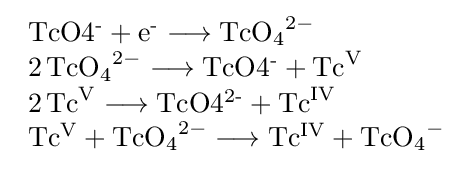
{\begin{array}{l}{{\mathrm {TcO4^{\text{-}}} }{}+{}{\mathrm {e^{\text{-}}} }{}\mathrel {\longrightarrow } {}\mathrm {TcO} {\vphantom {A}}_{\smash[{t}]{4}}{\vphantom {A}}^{2-}}\\{2\,\mathrm {TcO} {\vphantom {A}}_{\smash[{t}]{4}}{\vphantom {A}}^{2-}{}\mathrel {\longrightarrow } {}{\mathrm {TcO4^{\text{-}}} }{}+{}\mathrm {Tc} {\vphantom {A}}^{\mathrm {V} }}\\{2\,\mathrm {Tc} {\vphantom {A}}^{\mathrm {V} }{}\mathrel {\longrightarrow } {}{\mathrm {TcO4^{2{\text{-}}}} }{}+{}\mathrm {Tc} {\vphantom {A}}^{\mathrm {IV} }}\\{{\mathrm {Tc^{V}} }{}+{}\mathrm {TcO} {\vphantom {A}}_{\smash[{t}]{4}}{\vphantom {A}}^{2-}{}\mathrel {\longrightarrow } {}{\mathrm {Tc^{IV}} }{}+{}\mathrm {TcO} {\vphantom {A}}_{\smash[{t}]{4}}{\vphantom {A}}^{-}}\end{array}}